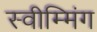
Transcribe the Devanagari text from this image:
स्वीम्मिंग